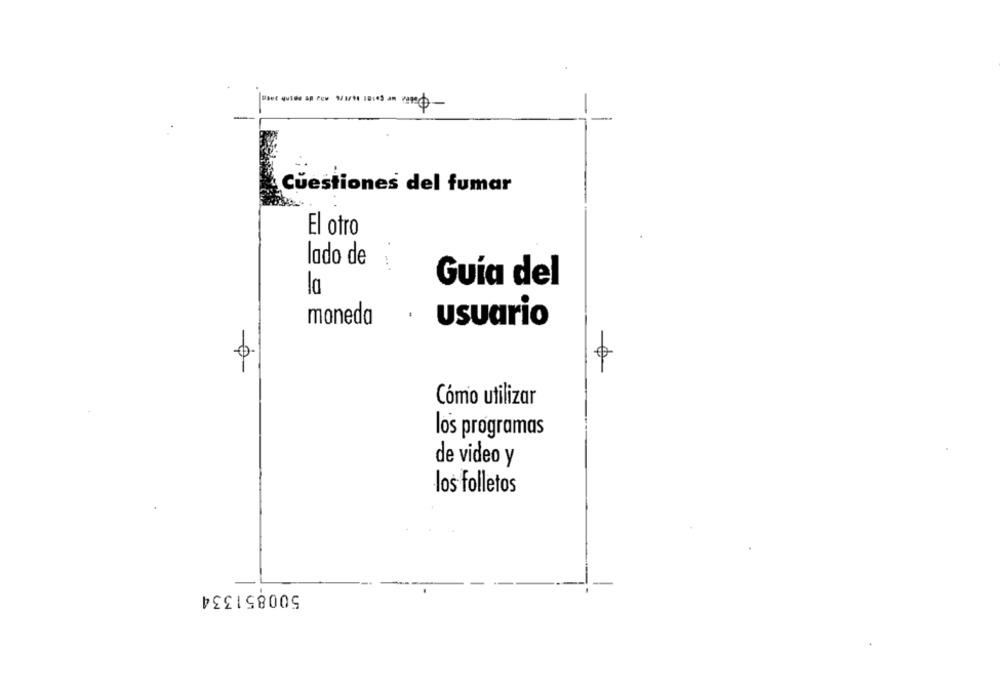
Cuestiones del fumar
El otro
lado de
Guía del
moneda
.
usuario
0
Cómo utilizar
los programas
de video y
los folletos
500851334